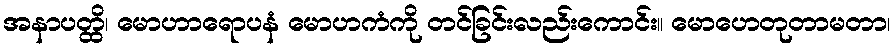
အနာပတ္ထိ၊ မောဟာရောပနံ မောဟကံကို တင်ခြင်းလည်းကောင်း။ မောဟေတုတာမတာ၊